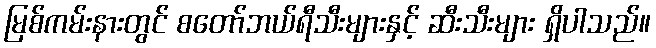
မြစ်ကမ်းနားတွင် စတော်ဘယ်ရီသီးများနှင့် ဆီးသီးများ ရှိပါသည်။